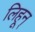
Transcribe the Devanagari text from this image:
लिहून्